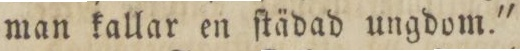
man kallar en ſtädad ungdom.'